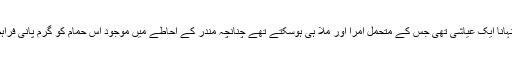
پرانے وقتوں میں ٹھنڈے علاقوں میں نہانا ایک عیاشی تھی جس کے متحمل امرا اور ملا ہی ہوسکتے تھے چنانچہ مندر کے احاطے میں موجود اس حمام کو گرم پانی فراہم کرنے کے لیے بہت اعلی انتظام تھا۔